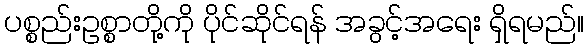
ပစ္စည်းဥစ္စာတို့ကို ပိုင်ဆိုင်ရန် အခွင့်အရေး ရှိရမည်။